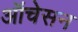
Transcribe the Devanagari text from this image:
ऑचेसन